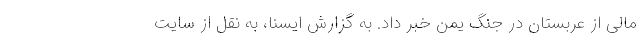
مالی از عربستان در جنگ یمن خبر داد. به گزارش ایسنا، به نقل از سایت